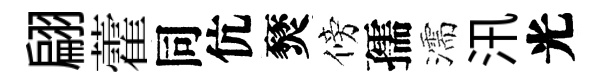
翩藿同伉燹傍孺濡汛光